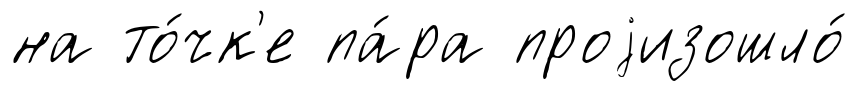
на то́чк'е па́ра проjизошло́